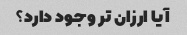
آیا ارزان تر وجود دارد؟